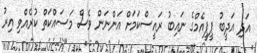
އަދި އަދީބު ޕީޕީއެމްގެ ނައިބު ރައީސްކަމަށް އަންނަން ވެސް މަސައްކަތް ކުރެއްވި އިރު